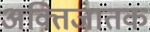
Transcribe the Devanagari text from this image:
अक्तिजातक